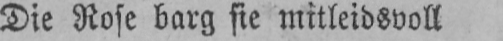
Die Rose barg sie mitleidsvoll